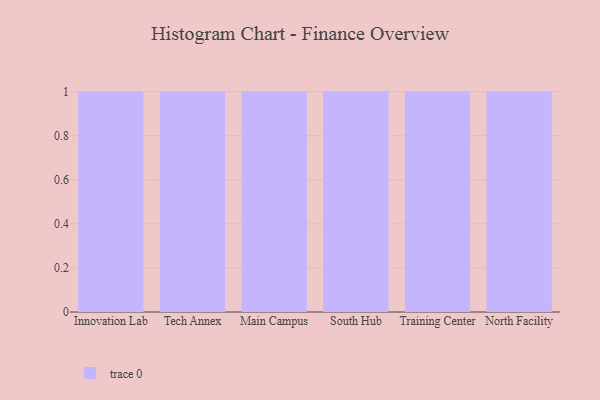
{"axis": {"x": "Campus", "y": "Budget (USD K)"}, "legend": [""], "data": [{"x": "Innovation Lab", "y": 57, "type": ""}, {"x": "Tech Annex", "y": 64, "type": ""}, {"x": "Main Campus", "y": 97, "type": ""}, {"x": "South Hub", "y": 54, "type": ""}, {"x": "Training Center", "y": 29, "type": ""}, {"x": "North Facility", "y": 90, "type": ""}]}